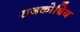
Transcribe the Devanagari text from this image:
राजकोषिय